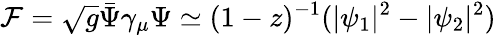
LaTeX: {\cal F}=\sqrt{g}\bar{\Psi}\gamma_{\mu}\Psi\simeq(1-z)^{-1}(|\psi_{1}|^{2}-|\psi_{2}|^{2})